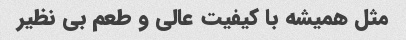
مثل همیشه با کیفیت عالی و طعم بی نظیر